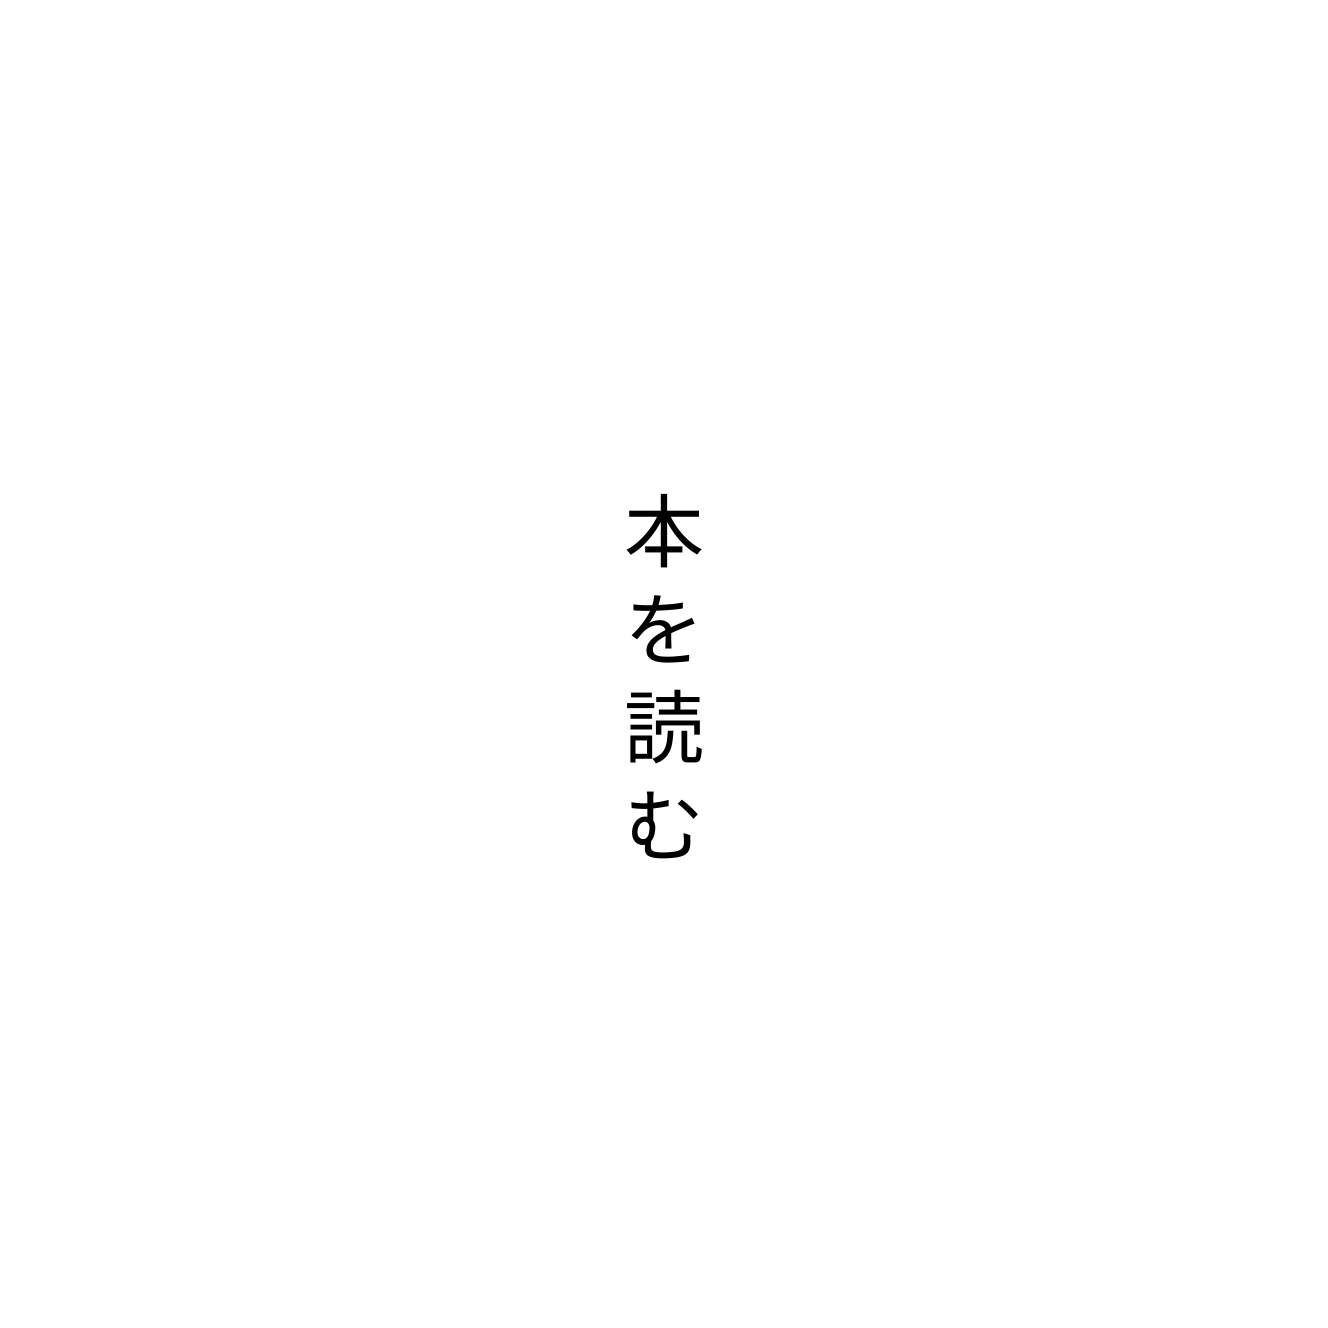
本を読む